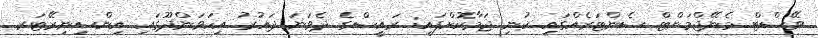
ވޭސްޓް މެނޭޖްމަންޓް ސެންޓަރެއްގައި ކުނި ޖަމާކޮށްފައި: ރައީސްގެ ދެވަނަ ދައުރު އިހަވަންދޫގައި އިންސިނިރޭޓަރ